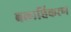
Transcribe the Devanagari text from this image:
बलाधिकरण